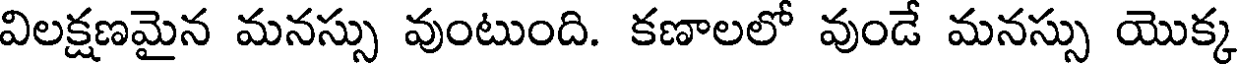
విలక్షణమైన మనస్సు వుంటుంది. కణాలలో వుండే మనస్సు యొక్క